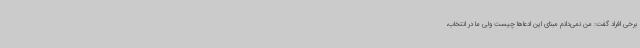
برخی افراد گفت: من نمی‌دانم مبنای این ادعاها چیست ولی ما در انتخاب،